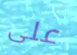
على